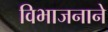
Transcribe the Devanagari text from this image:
विभाजनाने